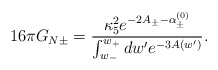
\begin{align*}16\pi G_{N\pm} = \frac{\kappa_5^2e^{-2A_{\pm}-\alpha^{(0)}_{\pm}}} {\int^{w_+}_{w_-}dw'e^{-3A(w')}}. \end{align*}